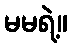
မမရဲ့။